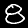
Label: 8